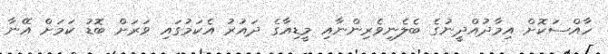
ހާއްސަކޮށް އިމާދުއްދީނުގެ ބެލެނިވެރިންނާއި މީޑިއާގެ ދައުރު އެކަމުގައި ވަރަށް ބޮޑު ކަމަށް އޭނާ